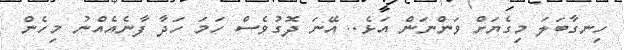
ހިނގާބަލަ މިގެޔަށް ވަންނަން އަޅެ.. އޭނަ ދޮގުވެސް ހަމަ ހަދާ ފާނެއެއްނު މިހެން